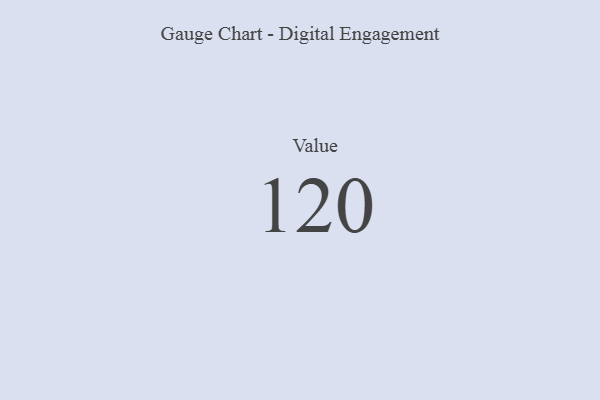
{"axis": {"x": "Metric", "y": "Value"}, "legend": [""], "data": [{"x": "Value", "y": 120, "type": ""}]}